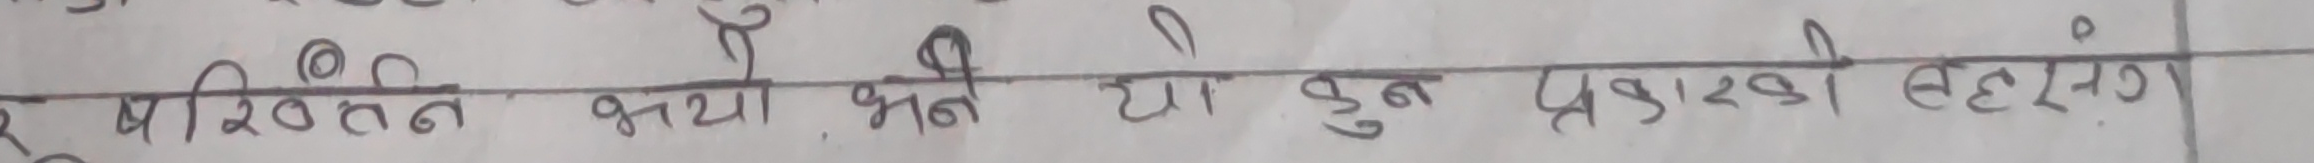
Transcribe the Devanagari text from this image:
परिवर्तन भयो भने यो कुन प्रकारको बहुरंगी